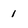
Character: 1